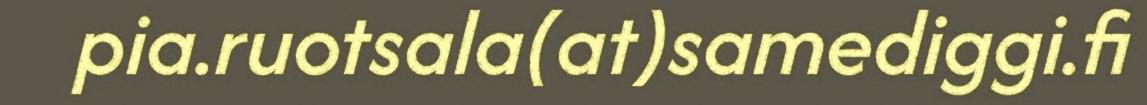
pia.ruotsala(at)samediggi.fi